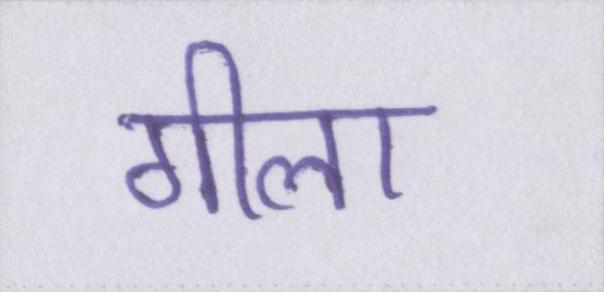
गीला